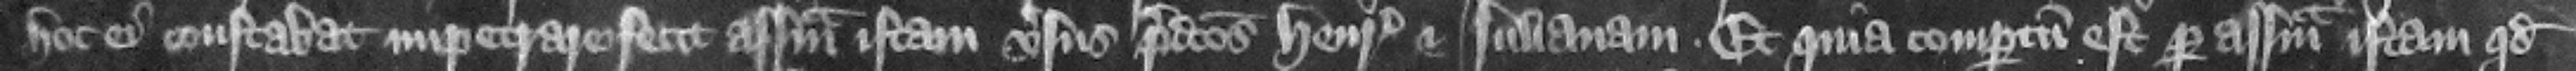
hoc ei constabat impetrare fecit assisam istam versus predictos Henricum et Iulianam. Et quia compertum est per assisam istam quod